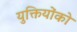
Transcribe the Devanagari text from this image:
युक्तियोंको